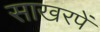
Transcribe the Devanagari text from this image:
साखरपें